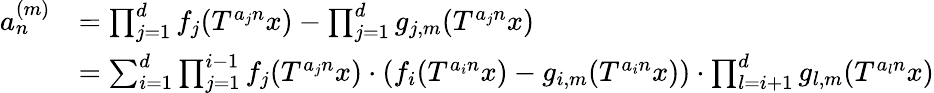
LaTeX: \begin{array}{rl}{a_{n}^{(m)}}&{=\prod_{j=1}^{d}f_{j}(T^{a_{j}n}x)-\prod_{j=1}^{d}g_{j,m}(T^{a_{j}n}x)}\\ &{=\sum_{i=1}^{d}\prod_{j=1}^{i-1}f_{j}(T^{a_{j}n}x)\cdot(f_{i}(T^{a_{i}n}x)-g_{i,m}(T^{a_{i}n}x))\cdot\prod_{l=i+1}^{d}g_{l,m}(T^{a_{l}n}x)}\end{array}